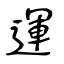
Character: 運